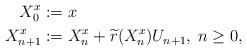
LaTeX: \begin{align*} {X}^{x}_0&:=x \\{X}^{x}_{n+1}&:={X}^{x}_n+\widetilde{r}({X}^{x}_n)U_{n+1},\; n\geq 0, \end{align*}